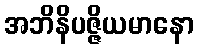
အဘိနိပဇ္ဇိယမာနော